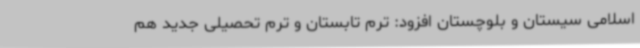
اسلامی سیستان و بلوچستان افزود: ترم تابستان و ترم‌ تحصیلی جدید هم